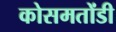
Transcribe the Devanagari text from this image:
कोसमतोंडी